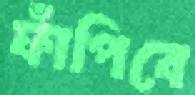
ফাঁপিবে